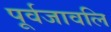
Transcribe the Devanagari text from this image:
पूर्वजावलि